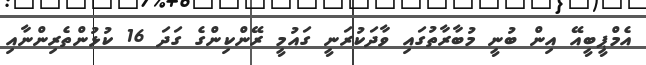
އެމްޕީބީއޭ އިން ބުނީ މުބާރާތުގައި ވާދަކުރަނީ ގައުމީ ރޭންކިންގެ ގަދަ 16 ކުޅުންތެރިންނާއި